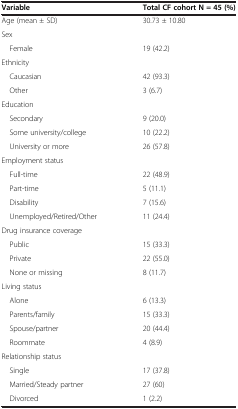
| Variable | Total CF cohort N = 45 (%) |
 | --- | --- |
 | Age (mean ± SD) | 30.73 ± 10.80 |
 | Sex |  |
 | Female | 19 (42.2) |
 | Ethnicity |  |
 | Caucasian | 42 (93.3) |
 | Other | 3 (6.7) |
 | Education |  |
 | Secondary | 9 (20.0) |
 | Some university/college | 10 (22.2) |
 | University or more | 26 (57.8) |
 | Employment status |  |
 | Full-time | 22 (48.9) |
 | Part-time | 5 (11.1) |
 | Disability | 7 (15.6) |
 | Unemployed/Retired/Other | 11 (24.4) |
 | Drug insurance coverage |  |
 | Public | 15 (33.3) |
 | Private | 22 (55.0) |
 | None or missing | 8 (11.7) |
 | Living status |  |
 | Alone | 6 (13.3) |
 | Parents/family | 15 (33.3) |
 | Spouse/partner | 20 (44.4) |
 | Roommate | 4 (8.9) |
 | Relationship status |  |
 | Single | 17 (37.8) |
 | Married/Steady partner | 27 (60) |
 | Divorced | 1 (2.2) |